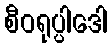
စီဝရုပ္ပါဒေါ